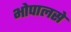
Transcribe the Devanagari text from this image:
भोपालसे